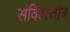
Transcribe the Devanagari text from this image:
संवित्स्तोत्र